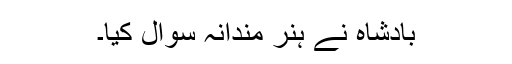
بادشاہ نے ہنر مندانہ سوال کیا۔